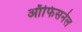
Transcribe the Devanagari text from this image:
ऑफिसनेल